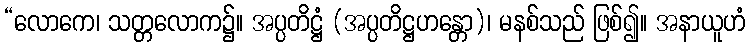
“လောကေ၊ သတ္တလောက၌။ အပ္ပတိဋ္ဌံ (အပ္ပတိဋ္ဌဟန္တော)၊ မနစ်သည် ဖြစ်၍။ အနာယူဟံ